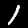
Label: 1